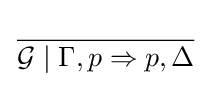
{\frac {}{{\mathcal {G}}\mid \Gamma ,p\Rightarrow p,\Delta }}